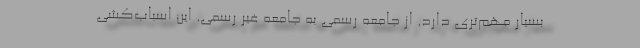
بسیار مهم‌تری دارد. از جامعه رسمی به جامعه غیر رسمی. این اسباب‌کشی